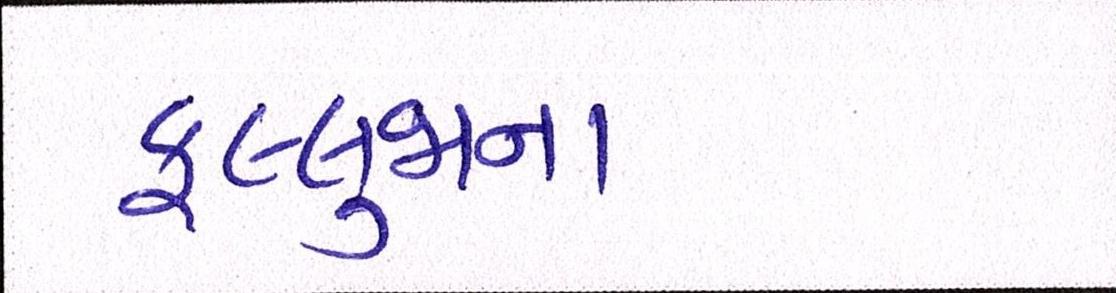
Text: ફલ્લુજાના